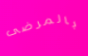
بالمرضى